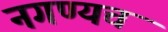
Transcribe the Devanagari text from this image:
नगण्यच